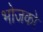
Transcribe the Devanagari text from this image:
भोजको